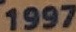
1997